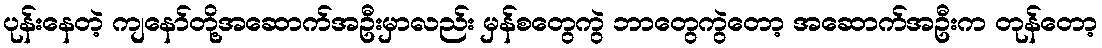
ပုန်းနေတဲ့ ကျနော်တို့အဆောက်အဦးမှာလည်း မှန်စတွေကွဲ ဘာတွေကွဲတော့ အဆောက်အဦးက တုန်တော့